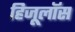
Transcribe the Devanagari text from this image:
हिजूलॉस